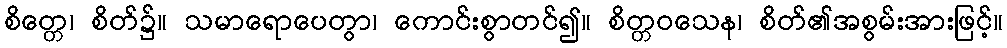
စိတ္တေ၊ စိတ်၌။ သမာရောပေတွာ၊ ကောင်းစွာတင်၍။ စိတ္တဝသေန၊ စိတ်၏အစွမ်းအားဖြင့်။